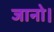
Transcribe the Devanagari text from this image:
जानो।